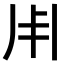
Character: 𠂦